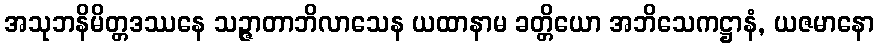
အသုဘနိမိတ္တဒဿနေ သဉ္ဇာတာဘိလာသေန ယထာနာမ ခတ္တိယော အဘိသေကဋ္ဌာနံ, ယဇမာနော